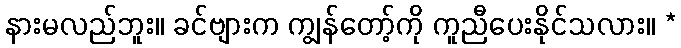
နားမလည်ဘူး။ ခင်ဗျားက ကျွန်တော့်ကို ကူညီပေးနိုင်သလား။ *